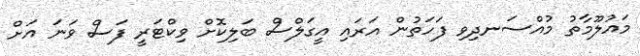
މައުލޫމާތު މުއްސަނދިވި ފަހަތުން އަރައި އީގަލްސް ބަލިކޮށް ވިކްޓަރީ ފަސް ވަނަ އަށް